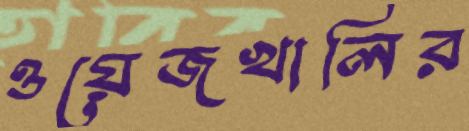
ওয়েজখালির